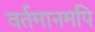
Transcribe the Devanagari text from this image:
वर्तमानमपि